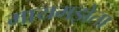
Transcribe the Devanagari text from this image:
मायमझेता